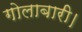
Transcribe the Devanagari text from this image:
गोलाबारी।